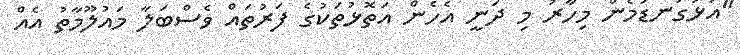
"އަޅުގަނޑުމެން މިހާރު މި ދަނީ އެހެން އަތޮޅުތަކުގެ ފަރުތައް ވެސްބަލާ މައުލޫމާތު އެއް